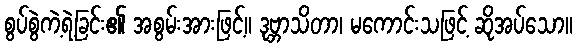
စွပ်စွဲကဲ့ရဲ့ခြင်း၏ အစွမ်းအားဖြင့်။ ဒုဗ္ဘာသိတာ၊ မကောင်းသဖြင့် ဆိုအပ်သော။